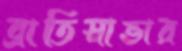
ব্রাতিস্লাভার